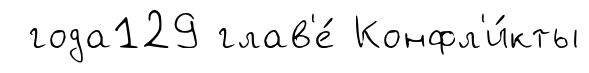
года129 глав'е́ Конфл'и́кты